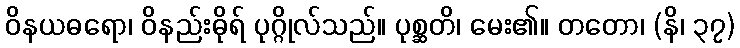
ဝိနယဓရော၊ ဝိနည်းဓိုရ် ပုဂ္ဂိုလ်သည်။ ပုစ္ဆတိ၊ မေး၏။ တတော၊ (နိ၊ ၃၇)